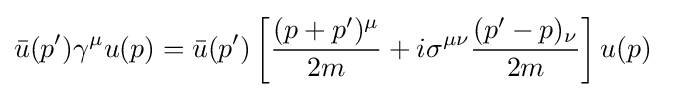
{\bar {u}}(p')\gamma ^{\mu }u(p)={\bar {u}}(p')\left[{\frac {(p+p')^{\mu }}{2m}}+i\sigma ^{\mu \nu }{\frac {(p'-p)_{\nu }}{2m}}\right]u(p)~